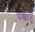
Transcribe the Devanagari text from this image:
पश्चातृ